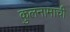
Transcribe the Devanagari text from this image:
कुलनामाची